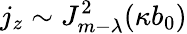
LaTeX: j_{z}\sim J_{m-\lambda}^{2}(\kappa b_{0})